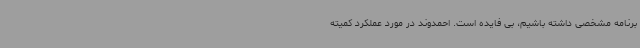
برنامه مشخصی داشته باشیم، بی فایده است. احمدوند در مورد عملکرد کمیته